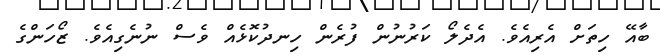
ބާއޭ ހިތަށް އެރިއެވެ. އެދެލޯ ކަރުނުން ފުރެން ހިނދުކޮޅެއް ވެސް ނުނެގިއެވެ. ޒޯހަންގެ